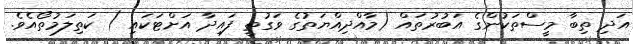
އަދި ތިބާ މީސްތަކުންގެ އަބުރުތައް (މާއްދިއްޔަތުގެ ވަގުތީ ފައިދާ އަށްޓަކައި ) ކަތިލަމުތޯއެވެ.